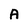
Character: A